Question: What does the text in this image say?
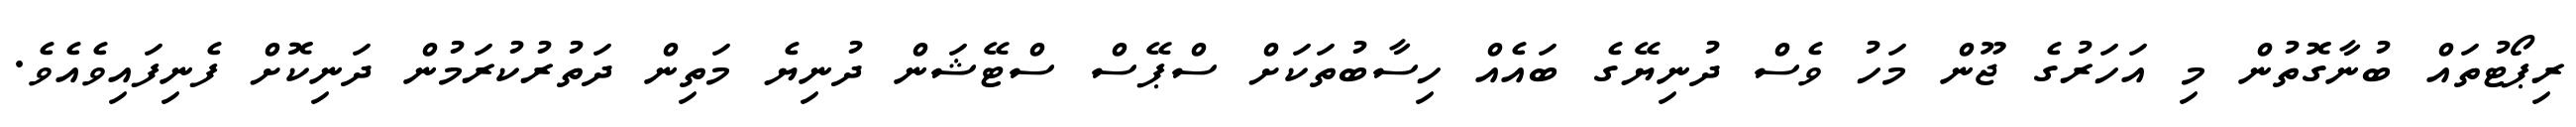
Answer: ރިޕޯޓުތައް ބުނާގޮތުން މި އަހަރުގެ ޖޫން މަހު ވެސް ދުނިޔޭގެ ބައެއް ހިސާބުތަކަށް ސްޕޭސް ސްޓޭޝަން ދުނިޔެ މަތިން ދަތުރުކުރަމުން ދަނިކޮށް ފެނިފައިވެއެވެ.